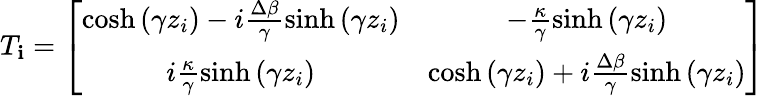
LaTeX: T_{\mathbf{i}}=\left[\begin{array}{cc}{\cosh\left(\gamma z_{i}\right)-i\frac{\Delta\beta}{\gamma}\sinh\left(\gamma z_{i}\right)}&{-\frac{\kappa}{\gamma}\sinh\left(\gamma z_{i}\right)}\\ {i\frac{\kappa}{\gamma}\sinh\left(\gamma z_{i}\right)}&{\cosh\left(\gamma z_{i}\right)+i\frac{\Delta\beta}{\gamma}\sinh\left(\gamma z_{i}\right)}\end{array}\right]